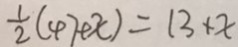
\frac { 1 } { 2 } ( 4 7 + x ) = 1 3 + x